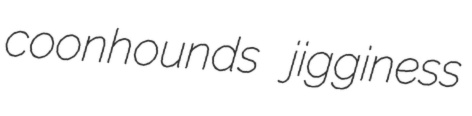
coonhounds jigginess